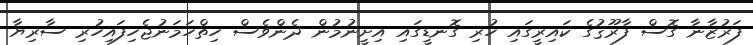
ފަރުޒާނާ ގޮސް ފާރޫޤުގެ ކައިރީގައި ހުރި ގޮނޑީގައި އިށީނުމުން ދެންވެސް ހިތްހަމަނުޖެހިފައިހުރި ސާރިޔާ